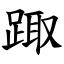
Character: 踙